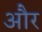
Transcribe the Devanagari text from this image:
और